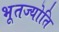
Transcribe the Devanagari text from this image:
भूतज्योति